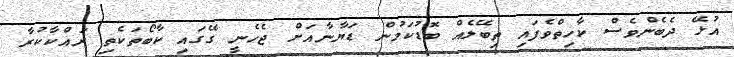
އުޅޭ ދެބެންވެސް ކާހިތްވެފައި ތިބޭލެއް ބޮޑުކަމުން ޑަޔާނާއަށް ޖެހެނީ ގޭގައި ކާބޯތަކެތި ރައްކާކުރާ